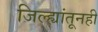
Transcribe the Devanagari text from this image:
जिल्ह्यांतूनही